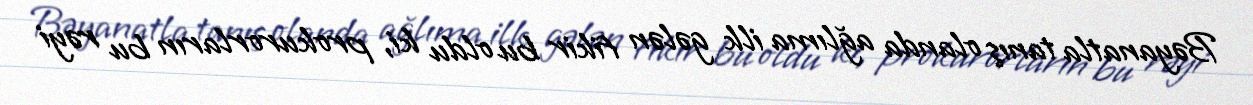
Bəyanatla tanış olanda ağlıma ilk gələn fikir bu oldu ki, prokurorların bu rəyi